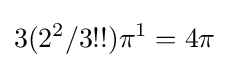
3(2^{2}/3!!)\pi ^{1}=4\pi